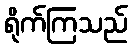
ရိုက်ကြသည်